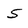
Character: 5